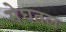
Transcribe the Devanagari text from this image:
मेघतल